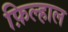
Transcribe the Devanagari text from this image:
फ़िल्हाल